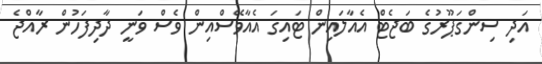
އަދި ސިންގަޕޫރުގެ ބަޖެޓް އެއާލައިން ޓައިގަ އެއާވޭސްއިން ވެސް ވަނީ ދާދިފަހުން ރާއްޖެ